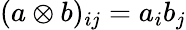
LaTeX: (a\otimes b)_{ij}=a_{i}b_{j}